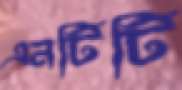
এনটিটি